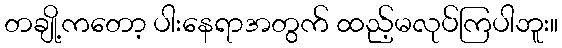
တချို့ကတော့ ပါးနေရာအတွက် ထည့်မလုပ်ကြပါဘူး။